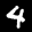
Label: 4